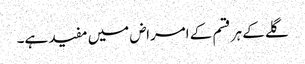
گلے کے ہر قسم کے امراض میں مفید ہے۔